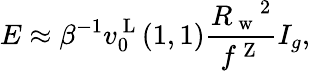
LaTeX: E\approx\beta^{-1}v_{0}^{\mathrm{~L~}}(1,1)\frac{{R_{\mathrm{~w~}}}^{2}}{f^{\mathrm{~Z~}}}I_{g},